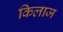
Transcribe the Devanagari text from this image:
किलाज